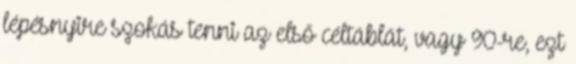
lépésnyire szokás tenni az első céltáblát, vagy 90-re, ezt